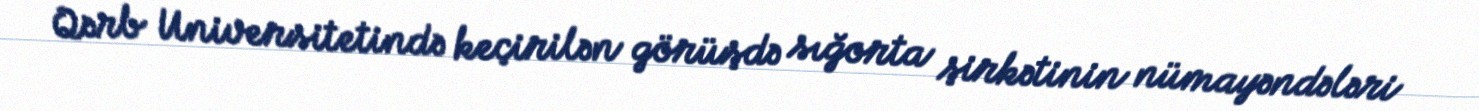
Qərb Universitetində keçirilən görüşdə sığorta şirkətinin nümayəndələri